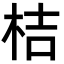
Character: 桔